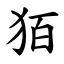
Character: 㹮